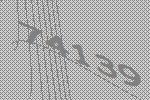
74139